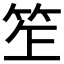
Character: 𥬚